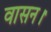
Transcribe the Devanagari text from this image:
वासन।